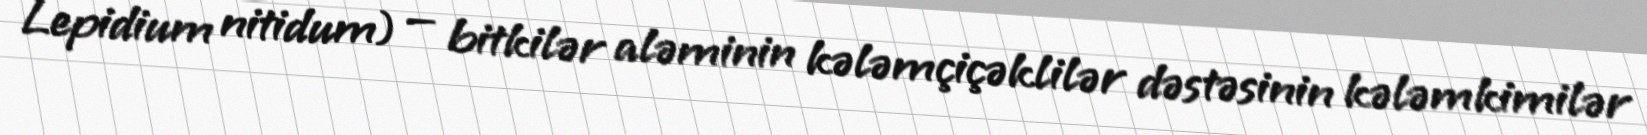
Lepidium nitidum) — bitkilər aləminin kələmçiçəklilər dəstəsinin kələmkimilər